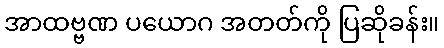
အာထဗ္ဗဏ ပယောဂ အတတ်ကို ပြဆိုခန်း။